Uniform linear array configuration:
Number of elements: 64
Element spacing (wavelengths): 1
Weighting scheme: blackman
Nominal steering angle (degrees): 0
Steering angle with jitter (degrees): -1.292
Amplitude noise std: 0.05
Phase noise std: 0.05

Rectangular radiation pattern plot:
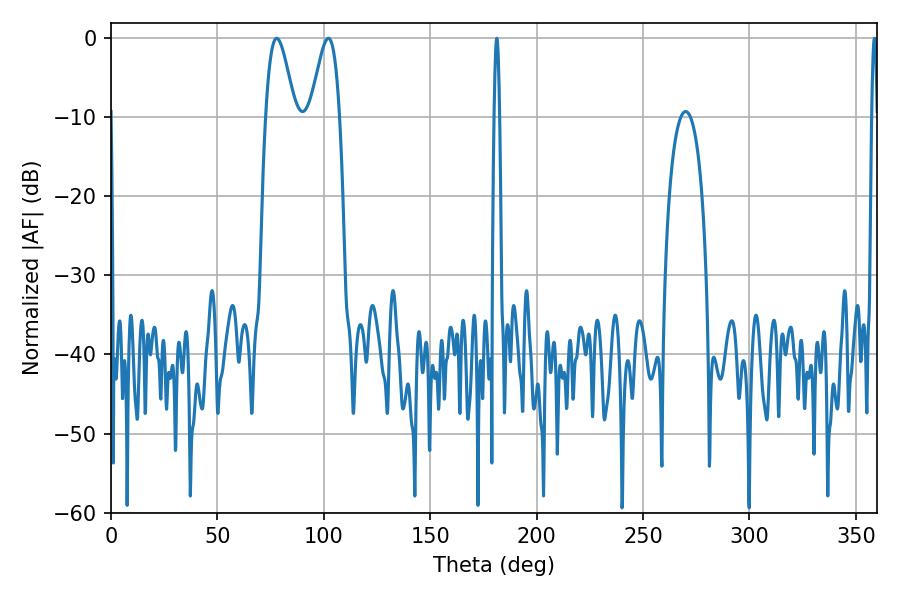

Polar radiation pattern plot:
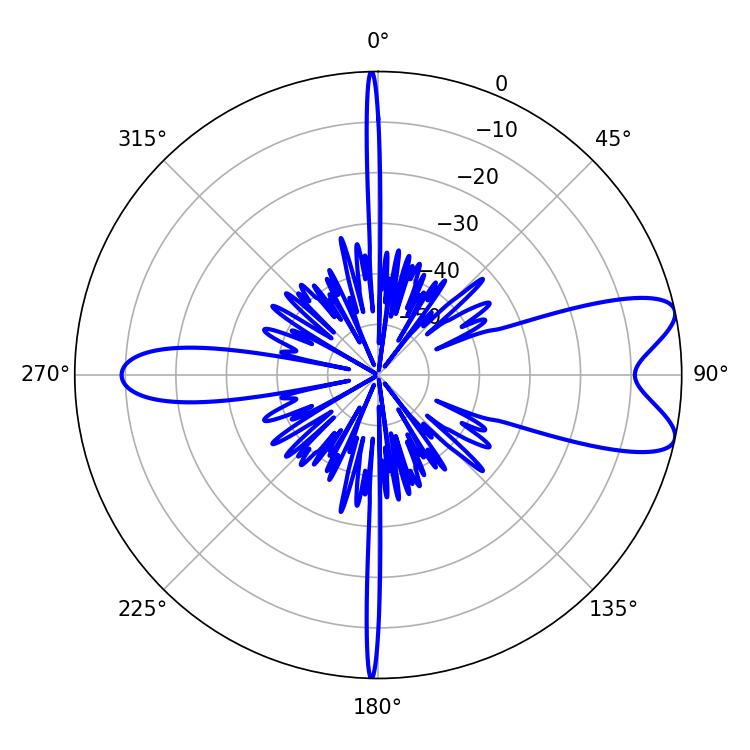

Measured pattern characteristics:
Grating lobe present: TRUE
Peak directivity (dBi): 8.72
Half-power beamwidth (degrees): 7.38
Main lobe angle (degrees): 77.94